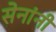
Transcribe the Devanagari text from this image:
सेनांनी